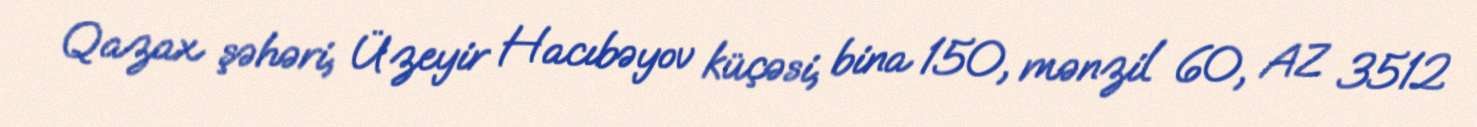
Qazax şəhəri, Üzeyir Hacıbəyov küçəsi, bina 150, mənzil 60, AZ 3512